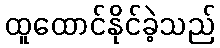
ထူထောင်နိုင်ခဲ့သည်